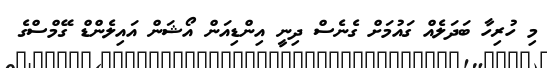
މި ހުރިހާ ބަދަލެއް ގައުމަށް ގެނެސް ދިނީ އިންޑިއަން އޯޝަން އައިލެންޑް ގޭމްސްގެ